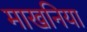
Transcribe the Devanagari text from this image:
माखनिया